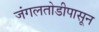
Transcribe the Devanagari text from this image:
जंगलतोडीपासून